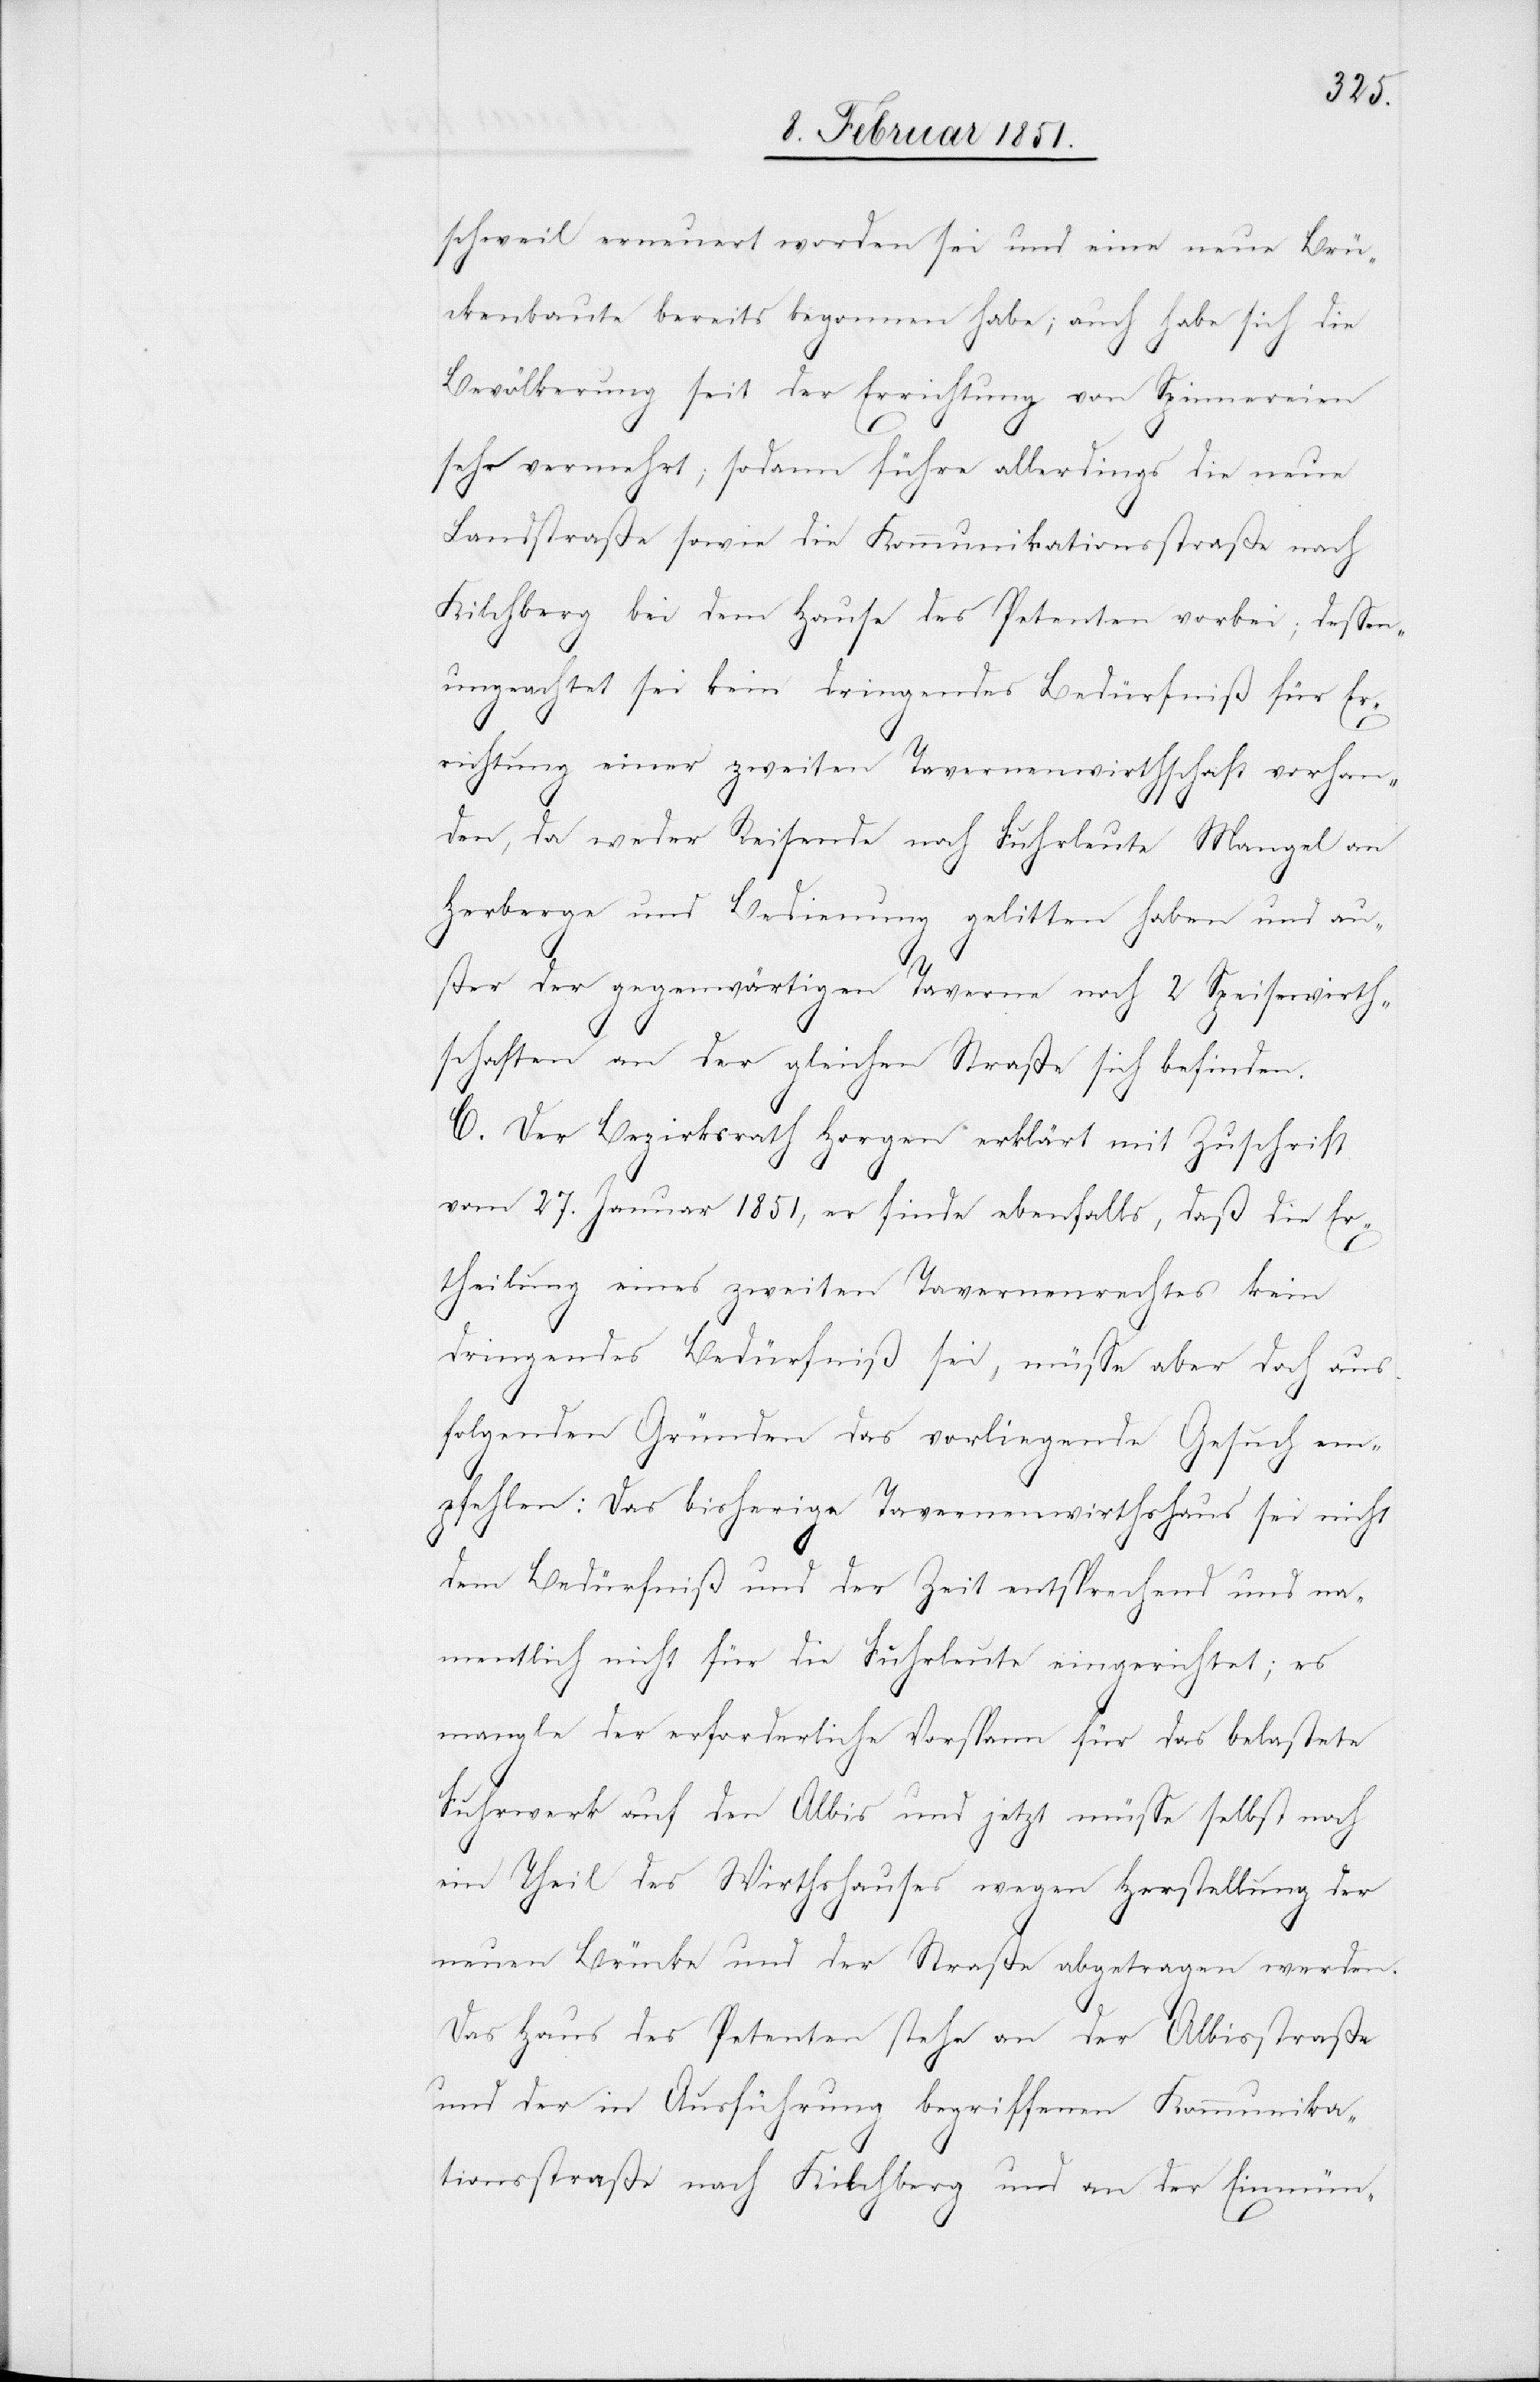
schweil erneuert worden sei und eine neue Brü¬
ckenbaute bereits begonnen habe; auch habe sich die
Bevölkerung seit der Errichtung von Spinnereien
sehr vermehrt; sodann führe allerdings die neue
Landstraße sowie die Kommunikationsstraße nach
Kilchberg bei dem Hause des Petenten vorbei; dessen¬
ungeachtet sei kein dringendes Bedürfniß für Er¬
richtung einer zweiten Tavernenwirthschaft vorhan¬
den, da weder Reisende noch Fuhrleute Mangel an
Herberge und Bedienung gelitten haben und au¬
ßer der gegenwärtigen Taverne noch 2 Speisewirth¬
schaften an der gleichen Straße sich befinden.
C. Der Bezirksrath Horgen erklärt mit Zuschrift
vom 27. Januar 1851, er finde ebenfalls, daß die Er¬
theilung eines zweiten Tavernenrechtes kein
dringendes Bedürfniß sei, müsse aber doch aus
folgenden Gründen das vorliegende Gesuch em¬
pfehlen: Das bisherige Tavernenwirthshaus sei nicht
dem Bedürfniß und der Zeit entsprechend und na¬
mentlich nicht für die Fuhrleute eingerichtet; es
mangle der erforderliche Vorspann für das belastete
Fuhrwerk auf den Albis und jetzt müsse selbst noch
ein Theil des Wirthshauses wegen Herstellung der
neuen Brücke und der Straße abgetragen werden.
Das Haus des Petenten stehe an der Albisstraße
und der in Ausführung begriffenen Kommunika¬
tionsstraße nach Kilchberg und an der Einmün-